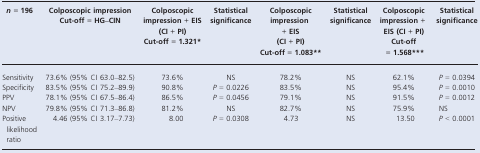
<table><thead><tr><td><b><i>n</i> = 196</b></td><td><b>Colposcopic impression Cut-off = HG–CIN</b></td><td><b>Colposcopic impression + EIS (CI + PI) Cut-off = 1.321<sup>*</sup></b></td><td><b>Statistical significance</b></td><td><b>Colposcopic impression + EIS (CI + PI) Cut-off = 1.083<sup>**</sup></b></td><td><b>Statistical significance</b></td><td><b>Colposcopic impression + EIS (CI + PI) Cut-off = 1.568<sup>***</sup></b></td><td><b>Statistical significance</b></td></tr></thead><tbody><tr><td>Sensitivity</td><td>73.6% (95% CI 63.0–82.5)</td><td>73.6%</td><td>NS</td><td>78.2%</td><td>NS</td><td>62.1%</td><td><i>P</i> = 0.0394</td></tr><tr><td>Specificity</td><td>83.5% (95% CI 75.2–89.9)</td><td>90.8%</td><td><i>P</i> = 0.0226</td><td>83.5%</td><td>NS</td><td>95.4%</td><td><i>P</i> = 0.0010</td></tr><tr><td>PPV</td><td>78.1% (95% CI 67.5–86.4)</td><td>86.5%</td><td><i>P</i> = 0.0456</td><td>79.1%</td><td>NS</td><td>91.5%</td><td><i>P</i> = 0.0012</td></tr><tr><td>NPV</td><td>79.8% (95% CI 71.3–86.8)</td><td>81.2%</td><td>NS</td><td>82.7%</td><td>NS</td><td>75.9%</td><td>NS</td></tr><tr><td>Positive likelihood ratio</td><td>4.46 (95% CI 3.17–7.73)</td><td>8.00</td><td><i>P</i> = 0.0308</td><td>4.73</td><td>NS</td><td>13.50</td><td><i>P</i> &lt; 0.0001</td></tr></tbody></table>